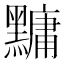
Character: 𪒒